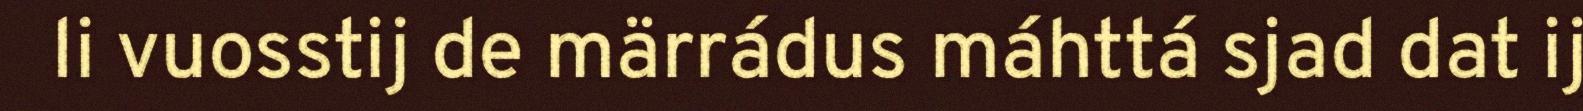
li vuosstij de märrádus máhttá sjad dat ij